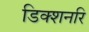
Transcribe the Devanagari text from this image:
डिक्शनरि